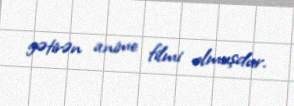
gətirən anime filmi olmuşdur.